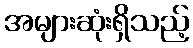
အများဆုံးရှိသည့်